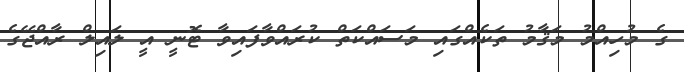
ގެ މުހިއްމު މަޤާމު ތަކެއްގައި މަސައްކަތް ކުރައްވާފައިވާ ޓޮނީ އީ ލައިލް ރާއްޖޭގެ